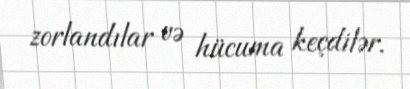
zorlandılar və hücuma keçdilər.